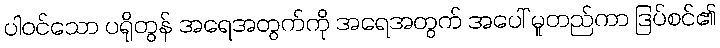
ပါဝင်သော ပရိုတွန် အရေအတွက်ကို အရေအတွက် အပေါ် မူတည်ကာ ဒြပ်စင်၏